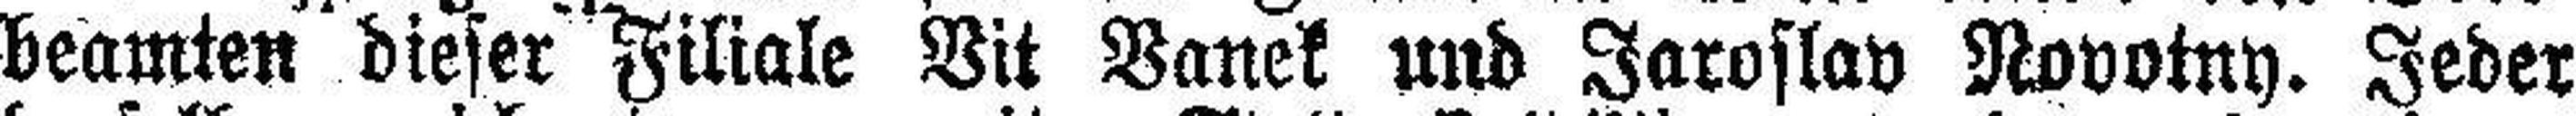
beamten dieser Filiale Vit Vanek und Jaroslav Novotny. Jeder